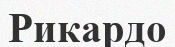
Рикардо